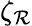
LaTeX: \zeta_{\mathcal{R}}